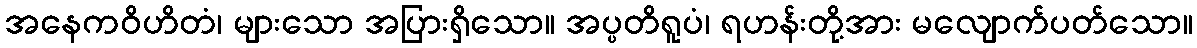
အနေကဝိဟိတံ၊ များသော အပြားရှိသော။ အပ္ပတိရူပံ၊ ရဟန်းတို့အား မလျောက်ပတ်သော။